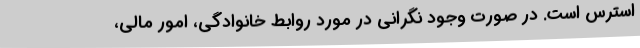
استرس است. در صورت وجود نگرانی در مورد روابط خانوادگی، امور مالی،